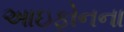
આઇફોનના